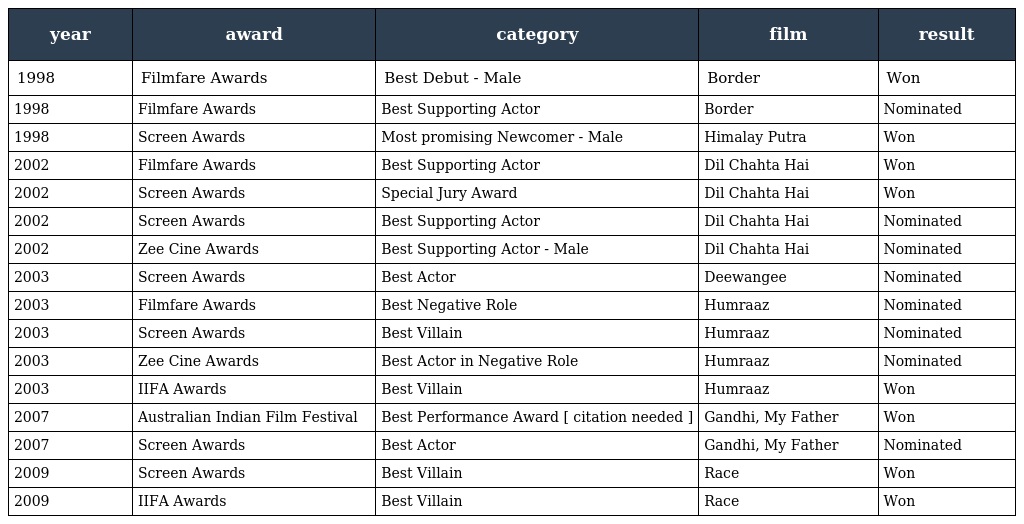
| year | award | category | film | result |
 | --- | --- | --- | --- | --- |
 | 1998 | Filmfare Awards | Best Debut - Male | Border | Won |
 | 1998 | Filmfare Awards | Best Supporting Actor | Border | Nominated |
 | 1998 | Screen Awards | Most promising Newcomer - Male | Himalay Putra | Won |
 | 2002 | Filmfare Awards | Best Supporting Actor | Dil Chahta Hai | Won |
 | 2002 | Screen Awards | Special Jury Award | Dil Chahta Hai | Won |
 | 2002 | Screen Awards | Best Supporting Actor | Dil Chahta Hai | Nominated |
 | 2002 | Zee Cine Awards | Best Supporting Actor - Male | Dil Chahta Hai | Nominated |
 | 2003 | Screen Awards | Best Actor | Deewangee | Nominated |
 | 2003 | Filmfare Awards | Best Negative Role | Humraaz | Nominated |
 | 2003 | Screen Awards | Best Villain | Humraaz | Nominated |
 | 2003 | Zee Cine Awards | Best Actor in Negative Role | Humraaz | Nominated |
 | 2003 | IIFA Awards | Best Villain | Humraaz | Won |
 | 2007 | Australian Indian Film Festival | Best Performance Award [ citation needed ] | Gandhi, My Father | Won |
 | 2007 | Screen Awards | Best Actor | Gandhi, My Father | Nominated |
 | 2009 | Screen Awards | Best Villain | Race | Won |
 | 2009 | IIFA Awards | Best Villain | Race | Won |